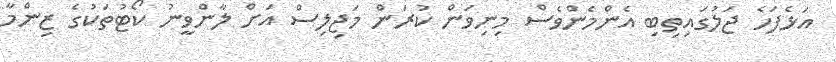
އަޅެފަހެ ޖަލުގައިތިބި އެންމެންވެސް މިނިވަން ކުރަން މަޖިލިސް އަށް ލާންވީނު ކޯޓުތަކުގެ ޒިންމާ